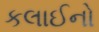
કલાઈનો